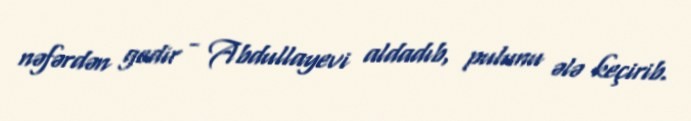
nəfərdən gedir - Abdullayevi aldadıb, pulunu ələ keçirib.